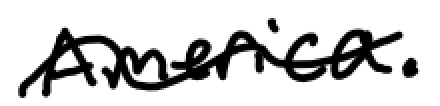
Text: America.
Cross-out: wave
Writing tool: digital_black